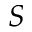
S